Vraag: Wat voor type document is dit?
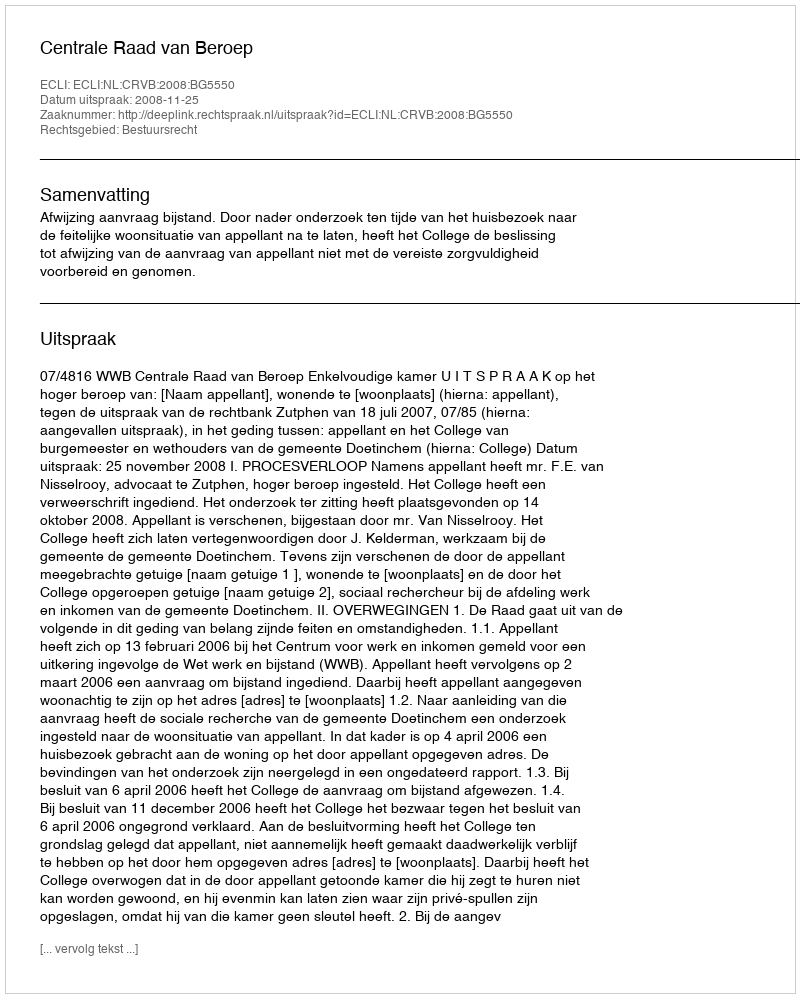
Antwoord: Uitspraak